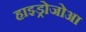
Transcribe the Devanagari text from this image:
हाइड्रोजोआ